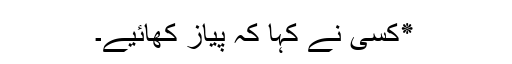
٭کسی نے کہا کہ پیاز کھائیے۔